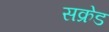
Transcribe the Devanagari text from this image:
सक्रेड